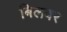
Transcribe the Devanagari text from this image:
बिलवर